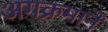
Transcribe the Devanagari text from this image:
अगक्रमाने